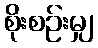
စိုးစဉ်းမျှ